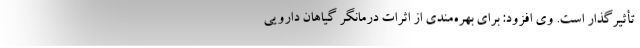
تأثیرگذار است. وی افزود: برای بهره‌مندی از اثرات درمانگر گیاهان دارویی